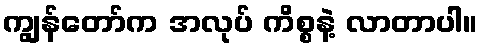
ကျွန်တော်က အလုပ် ကိစ္စနဲ့ လာတာပါ။